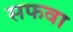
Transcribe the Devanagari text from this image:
सफवा